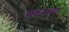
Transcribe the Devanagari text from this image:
मकराकार